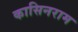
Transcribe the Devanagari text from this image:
कासिनराम